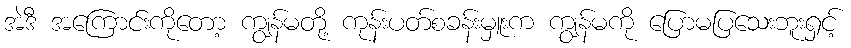
အဲဒီ အကြောင်းကိုတော့ ကျွန်မတို့ ကုန်းပတ်စခန်းမှူးက ကျွန်မကို ပြောမပြသေးဘူးရှင့်